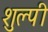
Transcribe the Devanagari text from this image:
शुल्पी